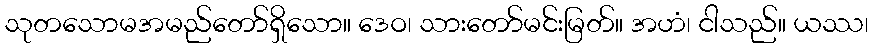
သုတသောမအမည်တော်ရှိသော။ ဒေဝ၊ သားတော်မင်းမြတ်။ အဟံ၊ ငါသည်။ ယဿ၊